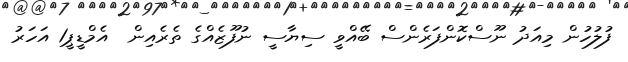
ފުލުހުން މިއަދު ނޫސްކޮންފަރެންސް ބޭއްވީ ސިޔާސީ ނުފޫޒެއްގެ ތެރެއިން  އެމްޑީޕީ1 އަހަރު